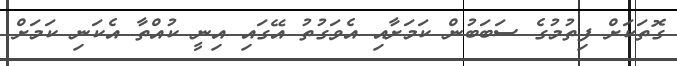
ގޮތަކަށް ފިތުމުގެ ސަބަބުން ކަމަށާއި އެވަގުތު އޭގައި އިނީ ކުއްތާ އެކަނި ކަމަށް